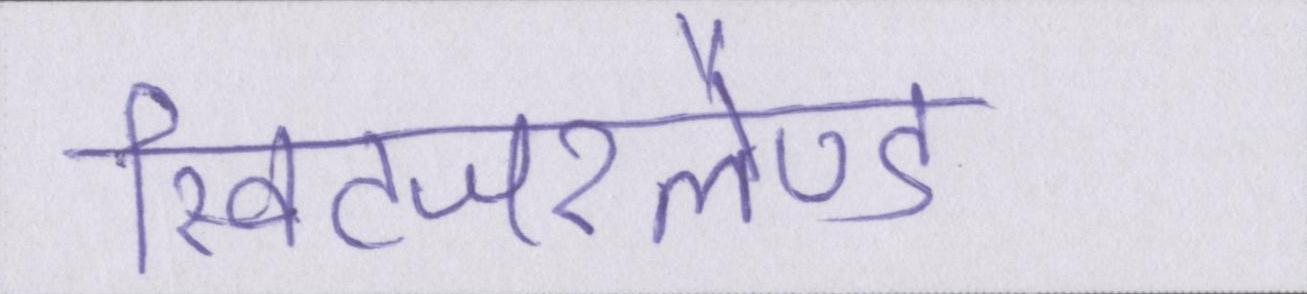
स्विटजरलैण्ड